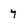
Character: 7